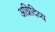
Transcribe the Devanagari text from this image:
अग्निदिव्य